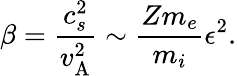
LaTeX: \beta=\frac{c_{s}^{2}}{v_{\mathrm{A}}^{2}}\sim\frac{Zm_{e}}{m_{i}}\epsilon^{2}.